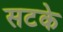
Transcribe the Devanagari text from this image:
सटके